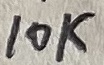
Text: 10K